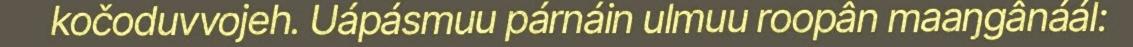
kočoduvvojeh. Uápásmuu párnáin ulmuu roopân maaŋgânáál: